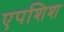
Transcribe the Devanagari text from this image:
एपशिश